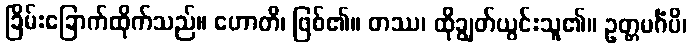
ခြိမ်းခြောက်ထိုက်သည်။ ဟောတိ၊ ဖြစ်၏။ တဿ၊ ထိုချွတ်ယွင်းသူ၏။ ဥတ္တမင်္ဂံပိ၊